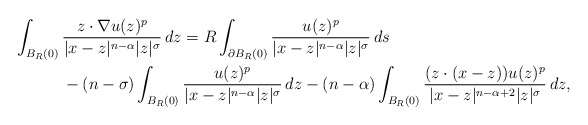
\begin{align*}\int_{B_{R}(0)} {} & \frac{z\cdot \nabla u(z)^{p}}{|x-z|^{n-\alpha}|z|^{\sigma}}\,dz = R\int_{\partial B_{R}(0)} \frac{u(z)^{p}}{|x-z|^{n-\alpha}|z|^{\sigma}} \,ds \\{} & - (n-\sigma)\int_{B_{R}(0)} \frac{u(z)^{p}}{|x-z|^{n-\alpha}|z|^{\sigma}}\,dz - (n-\alpha)\int_{B_{R}(0)} \frac{(z\cdot (x-z))u(z)^{p}}{|x-z|^{n-\alpha + 2}|z|^{\sigma}}\,dz,\end{align*}